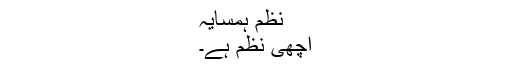
نظم ہمسایہ
اچھی نظم ہے۔